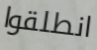
انطلقوا